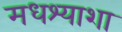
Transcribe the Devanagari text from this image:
मधश्याशा